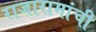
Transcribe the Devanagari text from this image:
राजारामांची